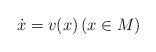
LaTeX: \begin{align*}\dot{x}=v(x) \left(x\in M\right)\end{align*}